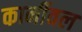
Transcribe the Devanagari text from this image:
कार्नीवल